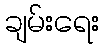
ချမ်းရေး